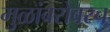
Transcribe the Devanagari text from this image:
मुळांबरोबरच